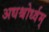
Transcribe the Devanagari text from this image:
अधश्चोर्ध्वम्